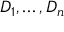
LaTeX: D _ { 1 } , \dots , D _ { n }